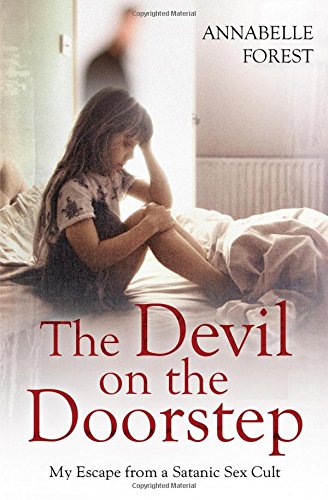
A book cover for The Devil on the Doorstep: My Escape from a Satanic Sex Cult; Annabelle Forest; Politics & Social Sciences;